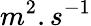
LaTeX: m^{2}.s^{-1}